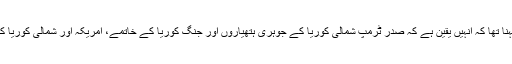
اس موقع پر صحافیوں سے گفتگو کرتے ہوئے جنوبی کوریا کے صدر مون جائے ان کا کہنا تھا کہ انہیں یقین ہے کہ صدر ٹرمپ شمالی کوریا کے جوہری ہتھیاروں اور جنگِ کوریا کے خاتمے، امریکہ اور شمالی کوریا کے درمیان تعلقات استوار کرنے اور خطے میں امن اور ترقی لانے میں کامیاب رہیں گے۔